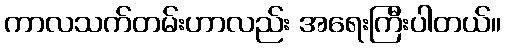
ကာလသက်တမ်းဟာလည်း အရေးကြီးပါတယ်။